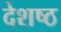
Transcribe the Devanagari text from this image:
देशष्ठ